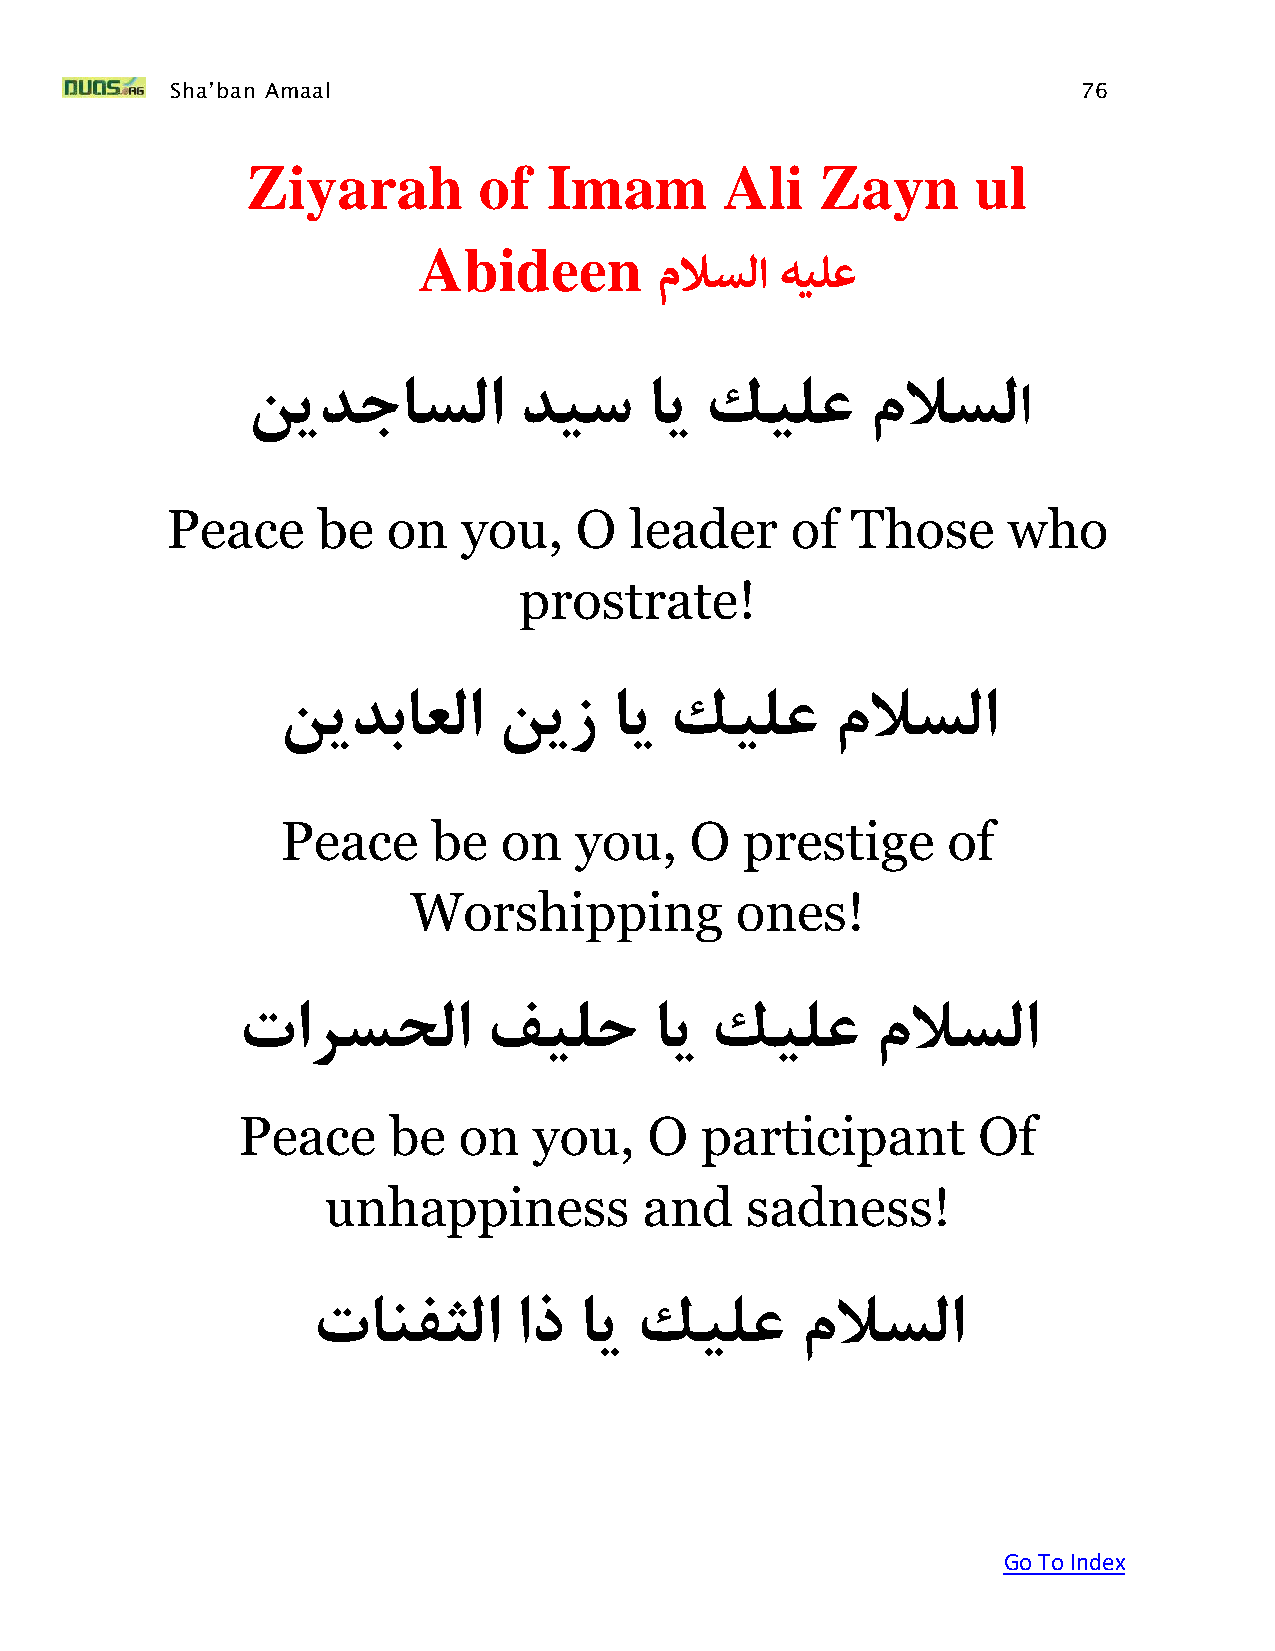
Sha’ban Amaal                                                76
 Ziyarah         of  Imam        Ali   Z  ayn     ul
 Abideen
 ملاسلا  هيلع
 نيدجاسلا          ديس      اي  كيلع      ملاسلا
 Peace     be   on   you,   O   leader    of  Those      who
 prostrate!
 نيدباعلا       نيز    اي  كيلع       ملاسلا
 Peace     be  on   you,    O  prestige      of
 Worshipping           ones!
 تارسحلا         فيلح       اي  كيلع       ملاسلا
 Peace     be  on   you,    O  participant        Of
 unhappiness           and   sadness!
 ت  انفثلا    اذ  اي  كيلع       ملاسلا
 Go To Index